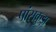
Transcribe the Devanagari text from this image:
पांसकुड़ा